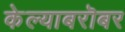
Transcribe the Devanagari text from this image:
केल्याबरॊबर